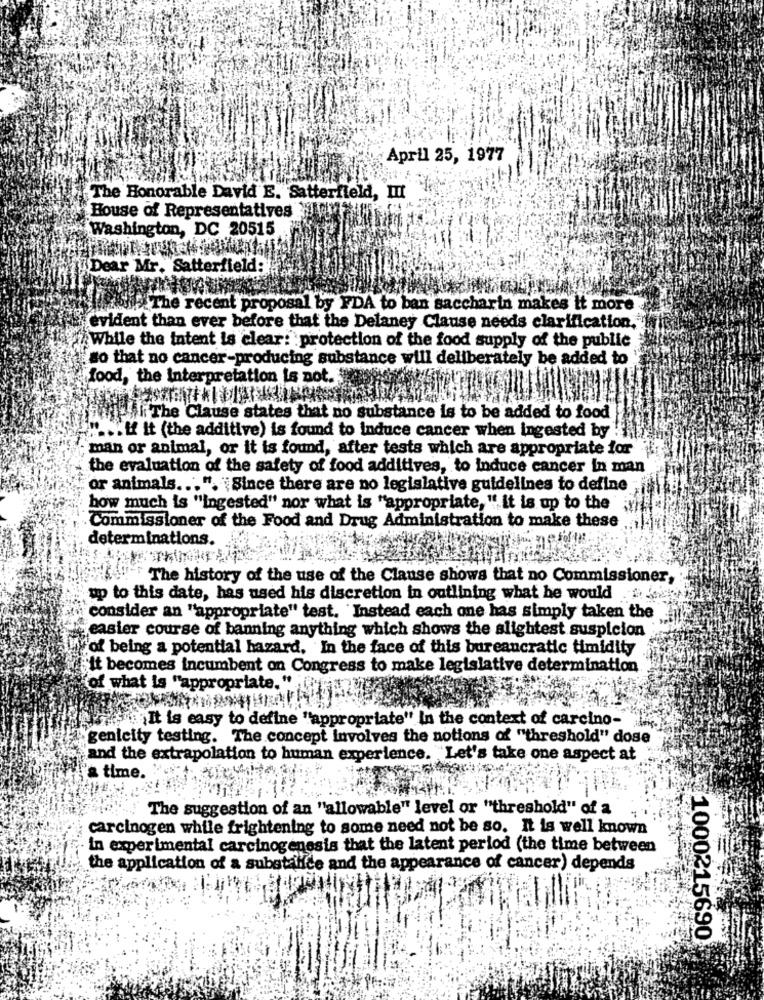
April 25, 1977
The Honorable David E. Satterfield, III
House of Representatives \ "
Washington, DC 20515
Dear Mr. Satterfield:
bisThe recent proposal by FDA to ban saccharin makes it more
evident than ever before that the Delaney Clause needs clarification,'
While the intent is clear: protection of the food supply of the public
so that no cancer-producing substance will deliberately be added to
food, the Interpretation is not.
fjell The Clause states that no substance is to be added to food
.... if It (the additive) is found to Induce cancer when ingested by
man or animal, or it is found, after tests which are appropriate for
the evaluation of the safety of food additives, to induce cancer In man
or animals ... ". Since there are no legislative guidelines to define
how much is "ingested" nor what is "appropriate, ". it is up to the
Commissioner of the Food and Drug Administration to make these
determinations.
" The history of the use of the Clause shows that no Commissioner,
up to this date, has used his discretion in outlining what he would
consider an "appropriate" test. Instead each one has simply taken the
easier course of banning anything which shows the slightest suspicion
of being a potential hazard, In the face of this bureaucratic timidity
it becomes incumbent on Congress to make legislative determination
(of what is "appropriate."
It is easy to define "appropriate" In the context of carcino-
genteity testing. The concept Involves the notions of ""threshold" dose
and the extrapolation to human experience. Let's take one aspect at
'a time.
The suggestion of an "allowable" level or "threshold" of a
carcinogen while frightening to some need not be so. It is well known
in experimental carcinogenesis that the latent period (the time between
the application of a substaffde and the appearance of cancer) depends
1000215690